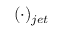
( \cdot ) _ { j e t }